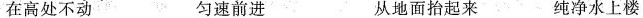
在高处不动 匀速前进 从地面抬起来 纯净水上楼